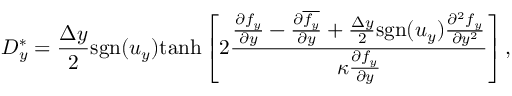
D _ { y } ^ { \ast } = \frac { \Delta y } { 2 } \mathrm { s g n } ( u _ { y } ) \mathrm { t a n h } \left[ 2 \frac { \frac { \partial f _ { y } } { \partial y } - \frac { \partial \overline { { f _ { y } } } } { \partial y } + \frac { \Delta y } { 2 } \mathrm { s g n } ( u _ { y } ) \frac { \partial ^ { 2 } f _ { y } } { \partial y ^ { 2 } } } { \kappa \frac { \partial { f _ { y } } } { \partial y } } \right] ,